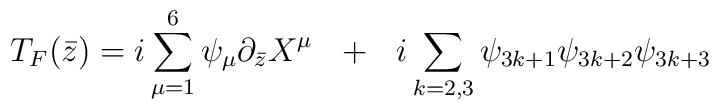
T_F({\bar{z}}) =i \sum_{\mu = 1}^{6} \psi_{\mu} \partial_{\bar z} X^{\mu}{}~~+~~ i \sum_{k=2,3} \psi_{3k+1} \psi_{3k+2} \psi_{3k+3}